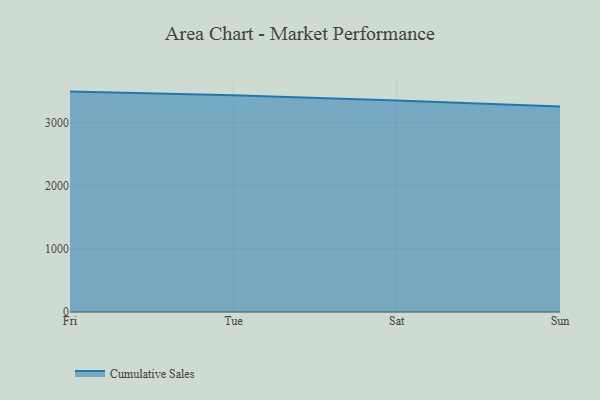
{"axis": {"x": "Day", "y": "Headcount"}, "legend": ["Cumulative Sales"], "data": [{"x": "Fri", "y": 3492.4, "type": "Cumulative Sales"}, {"x": "Tue", "y": 3436.0, "type": "Cumulative Sales"}, {"x": "Sat", "y": 3353.1, "type": "Cumulative Sales"}, {"x": "Sun", "y": 3256.2, "type": "Cumulative Sales"}]}